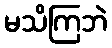
မသိကြဘဲ